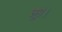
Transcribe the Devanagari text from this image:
लूप।